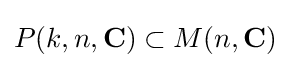
P(k,n,\mathbf {C} )\subset M(n,\mathbf {C} )